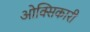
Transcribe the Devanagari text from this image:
ओक्सिकारी